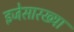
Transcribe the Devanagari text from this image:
इजेसारख्या